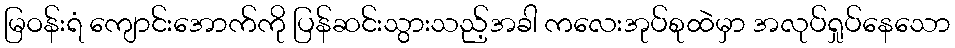
မြဝန်းရံ ကျောင်းအောက်ကို ပြန်ဆင်းသွားသည့်အခါ ကလေးအုပ်စုထဲမှာ အလုပ်ရှုပ်နေသော